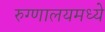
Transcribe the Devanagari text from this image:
रुग्णालयमध्ये